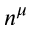
n ^ { \mu }